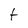
Character: t